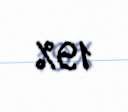
19%